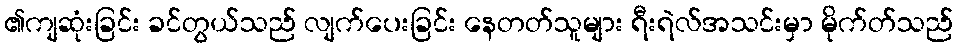
၏ကျဆုံးခြင်း ခင်တွယ်သည် လျက်ပေးခြင်း နေတတ်သူများ ရီးရဲလ်အသင်းမှာ မိုက်တ်သည်